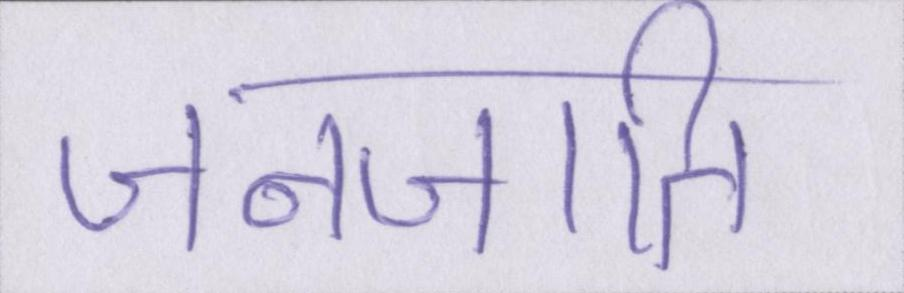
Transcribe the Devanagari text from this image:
जनजाति